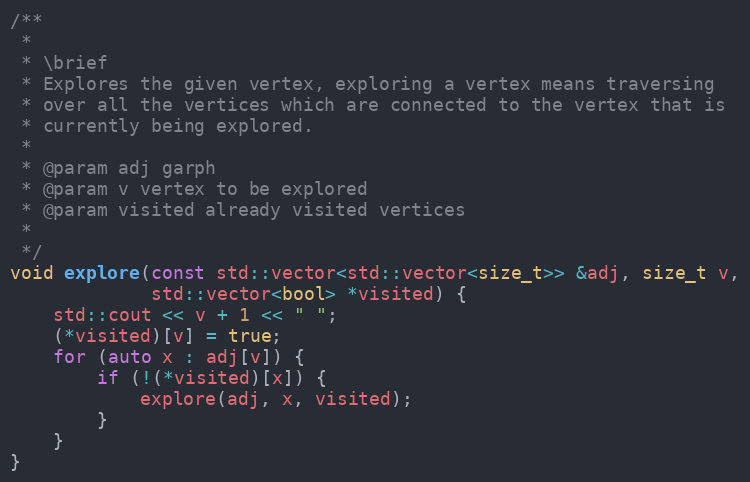
Language: C++
/**
 *
 * \brief
 * Explores the given vertex, exploring a vertex means traversing
 * over all the vertices which are connected to the vertex that is
 * currently being explored.
 *
 * @param adj garph
 * @param v vertex to be explored
 * @param visited already visited vertices
 *
 */
void explore(const std::vector<std::vector<size_t>> &adj, size_t v,
             std::vector<bool> *visited) {
    std::cout << v + 1 << " ";
    (*visited)[v] = true;
    for (auto x : adj[v]) {
        if (!(*visited)[x]) {
            explore(adj, x, visited);
        }
    }
}